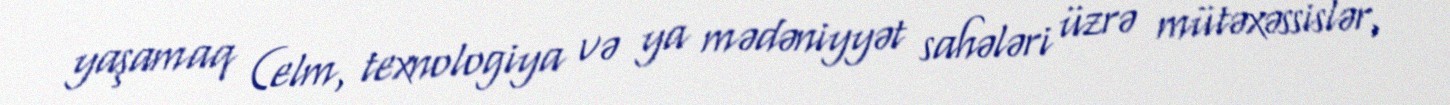
yaşamaq (elm, texnologiya və ya mədəniyyət sahələri üzrə mütəxəssislər,